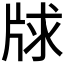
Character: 𤗂